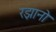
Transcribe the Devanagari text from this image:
रझानो